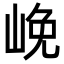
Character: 𡷭